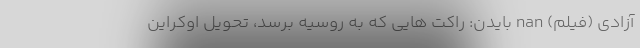
آزادی (فیلم) nan بایدن: راکت هایی که به روسیه برسد، تحویل اوکراین